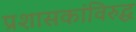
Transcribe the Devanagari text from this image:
प्रशासकांविरुद्ध